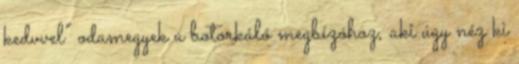
kedvvel” odamegyek a botorkáló megbízóhoz, aki úgy néz ki